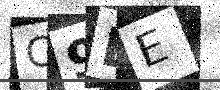
Text: C9BE